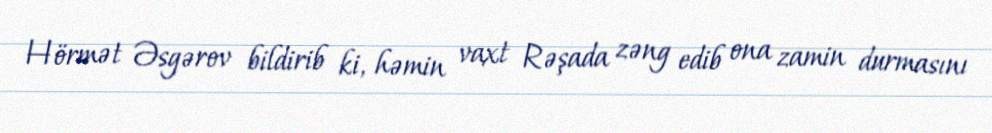
Hörmət Əsgərov bildirib ki, həmin vaxt Rəşada zəng edib ona zamin durmasını